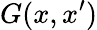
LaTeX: G(x,x^{\prime})